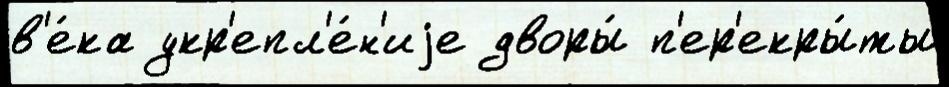
в'е́ка укр'епл'е́н'иjе дворы́ п'ер'екры́ты